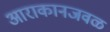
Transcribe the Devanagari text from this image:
आराकानजवळ